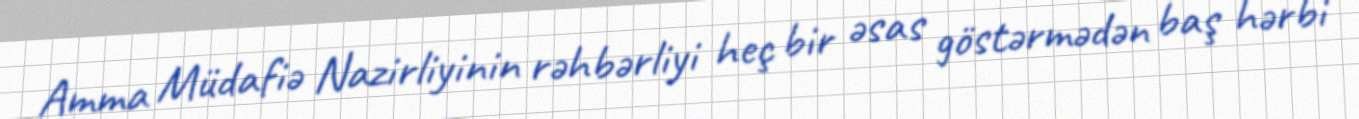
Amma Müdafiə Nazirliyinin rəhbərliyi heç bir əsas göstərmədən baş hərbi